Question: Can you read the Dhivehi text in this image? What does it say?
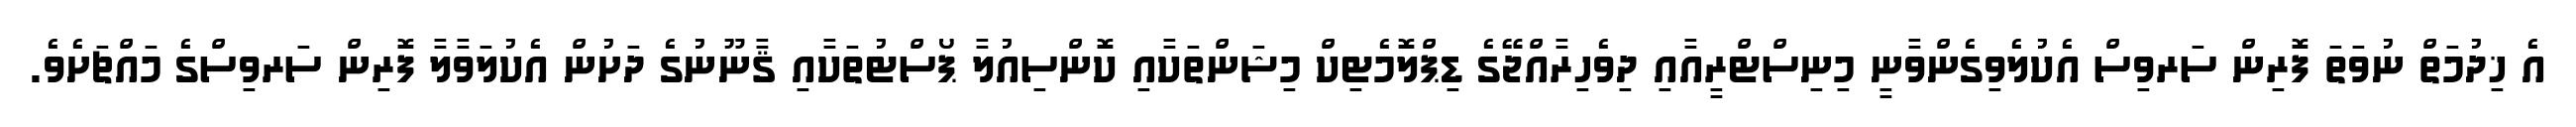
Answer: އެ ޚިދުމަތް ނުވަތަ ފޮރިން ސަރވިސް އެކުލެވިގެންވާނީ މިނިސްޓްރީއާއި ދިވެހިރާއްޖޭގެ ޑިޕްލޮމެޓިކް މިޝަންތަކާއި ކޮންސިއުލާ ޕޯސްޓުތަކާއި ޤާނޫނުގެ ދަށުން އެކުލަވާލާ ފޮރިން ސަރވިސްގެ މައްޗަށެވެ.